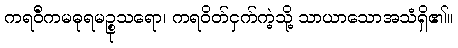
ကရဝီကမဓုရမဉ္စုသရော၊ ကရဝိတ်ငှက်ကဲ့သို့ သာယာသောအသံရှိ၏။